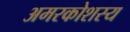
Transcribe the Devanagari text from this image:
अमरकोशस्य